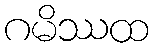
ဂမိဿထ